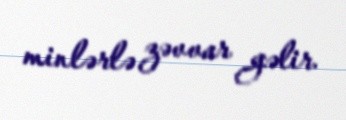
minlərlə zəvvar gəlir.